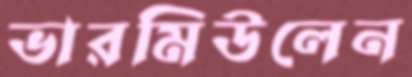
ভারমিউলেন